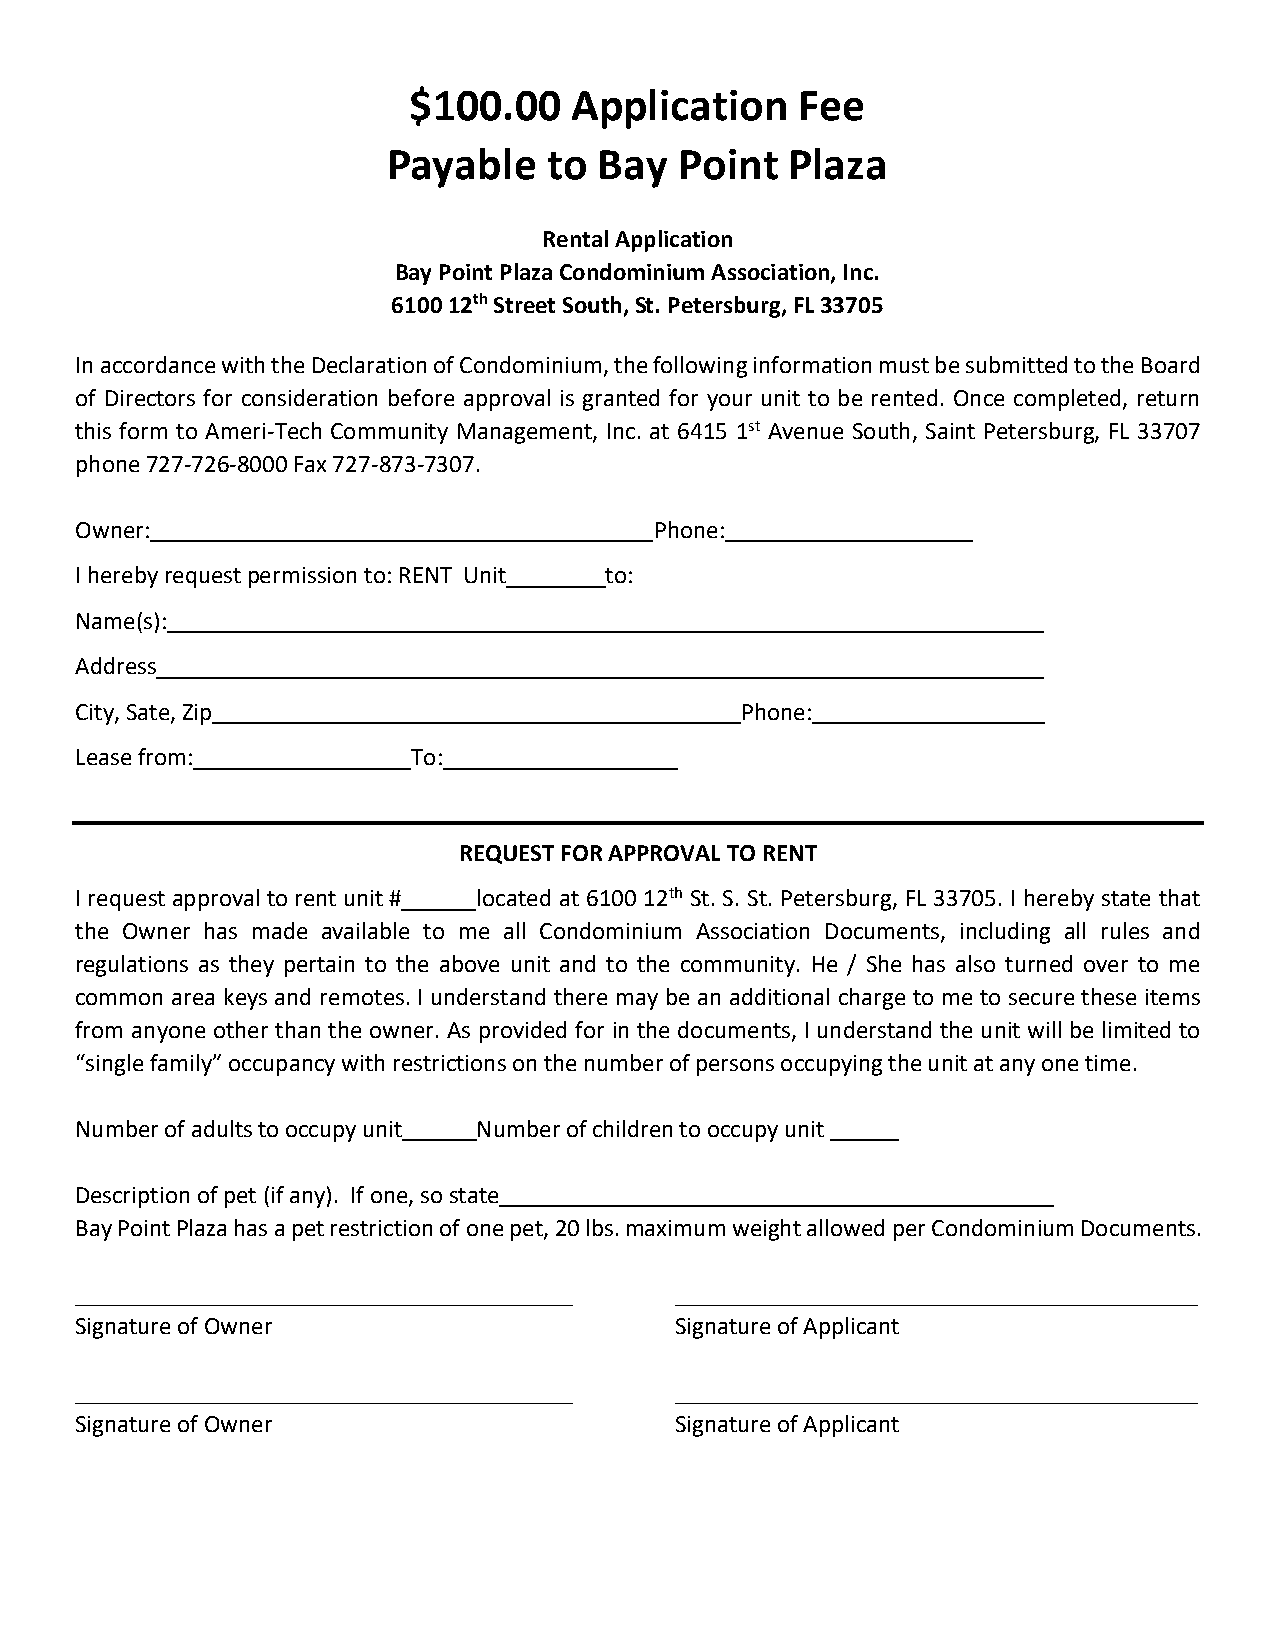
$100.00    Application    Fee
 Payable   to  Bay  Point  Plaza
 Rental Application
 Bay Point Plaza Condominium Association, Inc.
 6100 12th Street South, St. Petersburg, FL 33705
 In accordance with the Declaration of Condominium, the following information must be submitted to the Board
 of Directors for consideration before approval is granted for your unit to be rented. Once completed, return
 this form to Ameri-Tech Community Management, Inc. at 6415 1st Avenue South, Saint Petersburg, FL 33707
 phone 727-726-8000 Fax 727-873-7307.
 Owner:                                Phone:
 I hereby request permission to: RENT Unit to:
 Name(s):
 Address
 City, Sate, Zip                             Phone:
 Lease from:           To:
 REQUEST FOR APPROVAL TO RENT
 I request approval to rent unit # located at 6100 12th St. S. St. Petersburg, FL 33705. I hereby state that
 the Owner has made available to me all Condominium Association Documents, including all rules and
 regulations as they pertain to the above unit and to the community. He / She has also turned over to me
 common area keys and remotes. I understand there may be an additional charge to me to secure these items
 from anyone other than the owner. As provided for in the documents, I understand the unit will be limited to
 “single family” occupancy with restrictions on the number of persons occupying the unit at any one time.
 Number of adults to occupy unit Number of children to occupy unit
 Description of pet (if any). If one, so state
 Bay Point Plaza has a pet restriction of one pet, 20 lbs. maximum weight allowed per Condominium Documents.
 Signature of Owner                      Signature of Applicant
 Signature of Owner                      Signature of Applicant